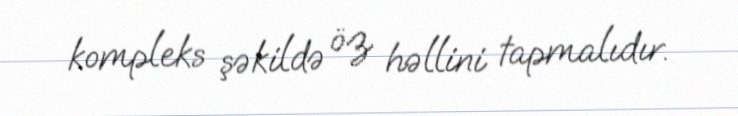
kompleks şəkildə öz həllini tapmalıdır.